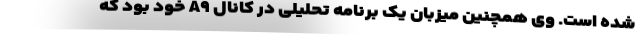
شده است. وی همچنین میزبان یک برنامه تحلیلی در کانال A۹ خود بود که